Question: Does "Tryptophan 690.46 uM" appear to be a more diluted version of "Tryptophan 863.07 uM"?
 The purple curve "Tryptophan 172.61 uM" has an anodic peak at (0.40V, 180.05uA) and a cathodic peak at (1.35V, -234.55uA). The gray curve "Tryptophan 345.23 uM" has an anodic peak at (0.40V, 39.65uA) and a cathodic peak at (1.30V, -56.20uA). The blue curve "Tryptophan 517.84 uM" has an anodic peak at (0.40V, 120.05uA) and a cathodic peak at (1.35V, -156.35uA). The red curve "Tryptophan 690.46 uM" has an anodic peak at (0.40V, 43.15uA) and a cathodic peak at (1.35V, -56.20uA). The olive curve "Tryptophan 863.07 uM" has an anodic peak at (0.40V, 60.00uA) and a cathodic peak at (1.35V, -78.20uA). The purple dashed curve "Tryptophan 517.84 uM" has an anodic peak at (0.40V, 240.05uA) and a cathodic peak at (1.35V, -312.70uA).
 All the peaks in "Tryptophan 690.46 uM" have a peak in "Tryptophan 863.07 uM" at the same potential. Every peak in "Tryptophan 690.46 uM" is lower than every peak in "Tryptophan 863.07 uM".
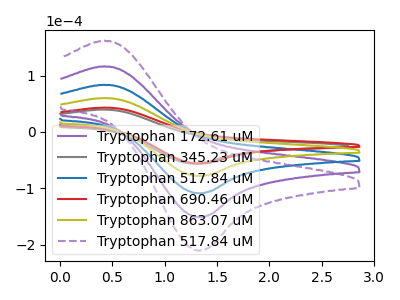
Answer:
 <answer>"Tryptophan 690.46 uM" has less signal than "Tryptophan 863.07 uM" and so likely has a lower concentration.</answer>
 <eval>less_concentration</eval>